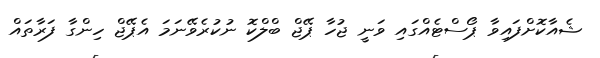
ޝެއާކޮށްފައިވާ ޕޯސްޓެއްގައި ވަނީ ޖުހާ ޕޭޖް ބްލްކޮ ނުކުރެވޭނަމަ އެޕޭޖް ހިންގާ ފަރާތައް